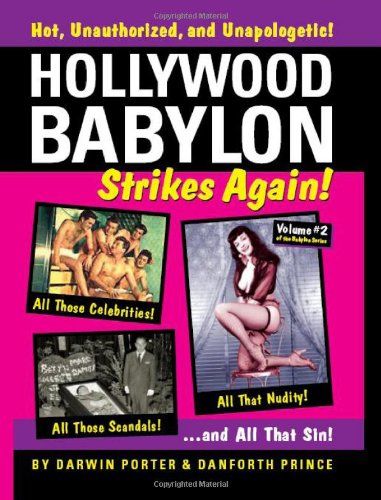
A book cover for Hollywood Babylon Strikes Again!: More Exhibitions! More Sex! More Sin! More Scandals Unfit to Print (Blood Moon's Babylon); Darwin Porter; Humor & Entertainment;